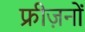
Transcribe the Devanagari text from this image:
फ्रीज़नों